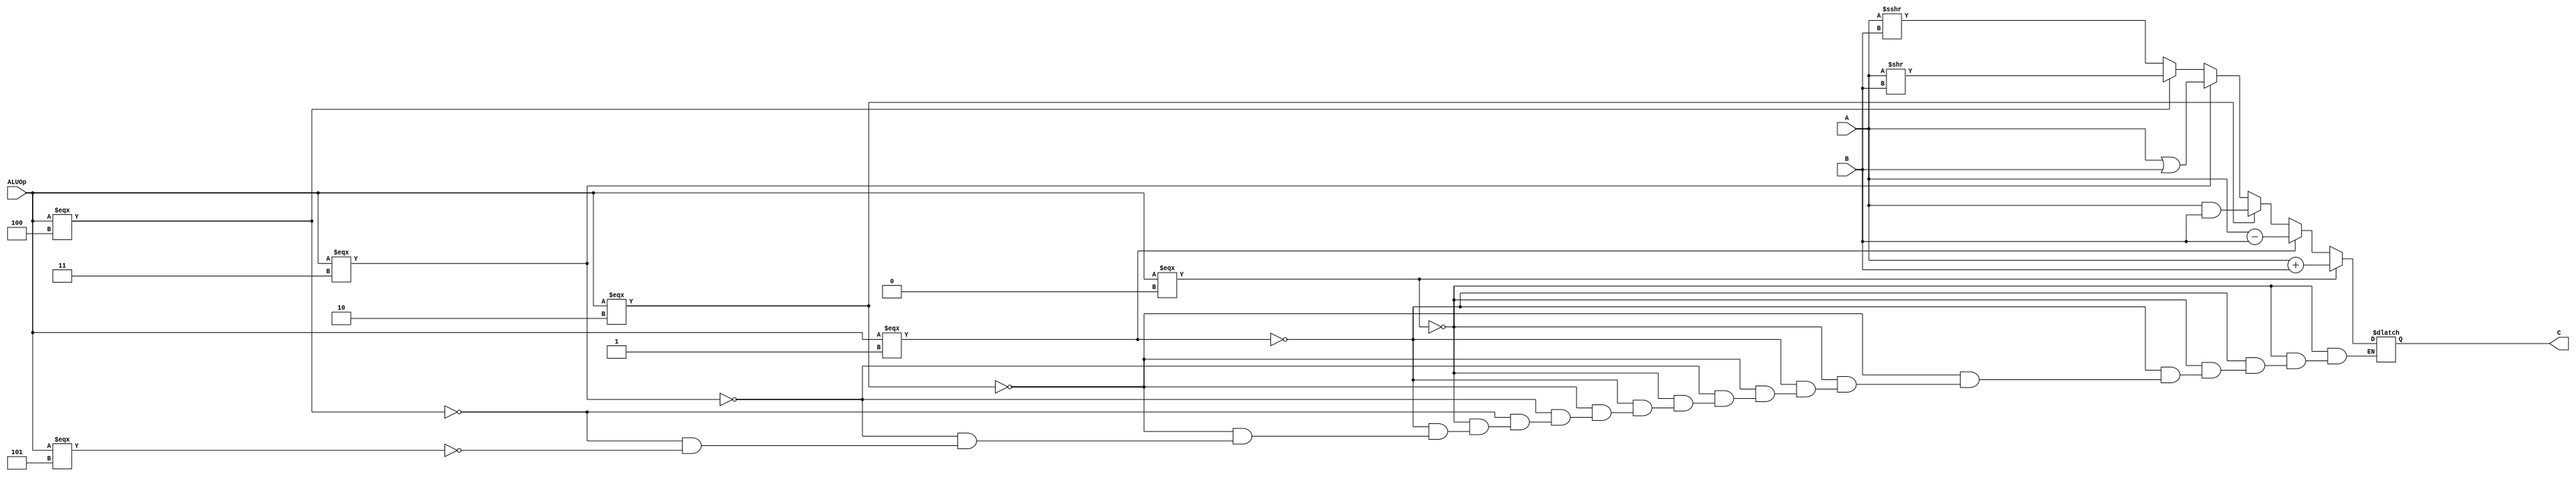
`timescale 1ns / 1ps
//////////////////////////////////////////////////////////////////////////////////
// Company: 
// Engineer: 
// 
// Design Name: 
// Module Name:    alu 
// Project Name: 
// Target Devices: 
// Tool versions: 
// Description: 
//
// Dependencies: 
//
// Revision: 
// Revision 0.01 - File Created
// Additional Comments: 
//
//////////////////////////////////////////////////////////////////////////////////
module alu(
    input [31:0] A,
    input [31:0] B,
    input [2:0] ALUOp,
    output reg signed[31:0] C
    );
	 initial
		C = 32'h00000000;
	 always @(*)
		 begin
			if(ALUOp === 3'b000)
				C = $unsigned(A)+$unsigned(B);
			else if(ALUOp === 3'b001)
				C = $unsigned(A)-$unsigned(B);
			else if(ALUOp === 3'b010)
				C = A&B;
			else if(ALUOp === 3'b011)
				C = A|B;
			else if(ALUOp === 3'b100)
				C = $unsigned(A)>>$unsigned(B);
			else if (ALUOp === 3'b101)
				C = $signed(A)>>>$unsigned(B);
		end
endmodule